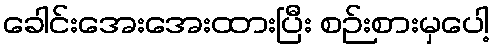
ခေါင်းအေးအေးထားပြီး စဉ်းစားမှပေါ့